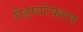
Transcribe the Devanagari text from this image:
रीडायरेक्शन